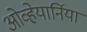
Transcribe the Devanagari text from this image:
ओव्हेयार्निया